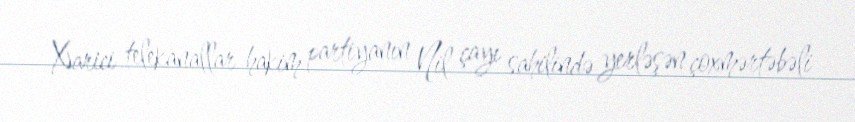
Xarici telekanallar hakim partiyanın Nil çayı sahilində yerləşən çoxmərtəbəli